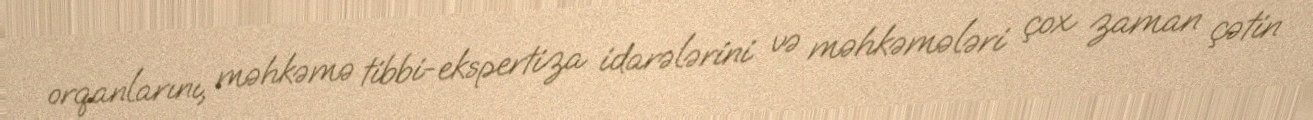
orqanlarını, məhkəmə tibbi-ekspertiza idarələrini və məhkəmələri çox zaman çətin